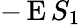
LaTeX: -\operatorname{E}S_{1}